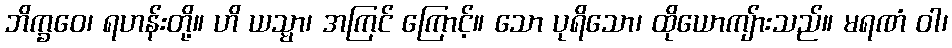
ဘိက္ခဝေ၊ ရဟန်းတို့။ ဟိ ယသ္မာ၊ အကြင် ကြောင့်။ သော ပုရိသော၊ ထိုယောကျ်ားသည်။ မရဏံ ဝါ၊